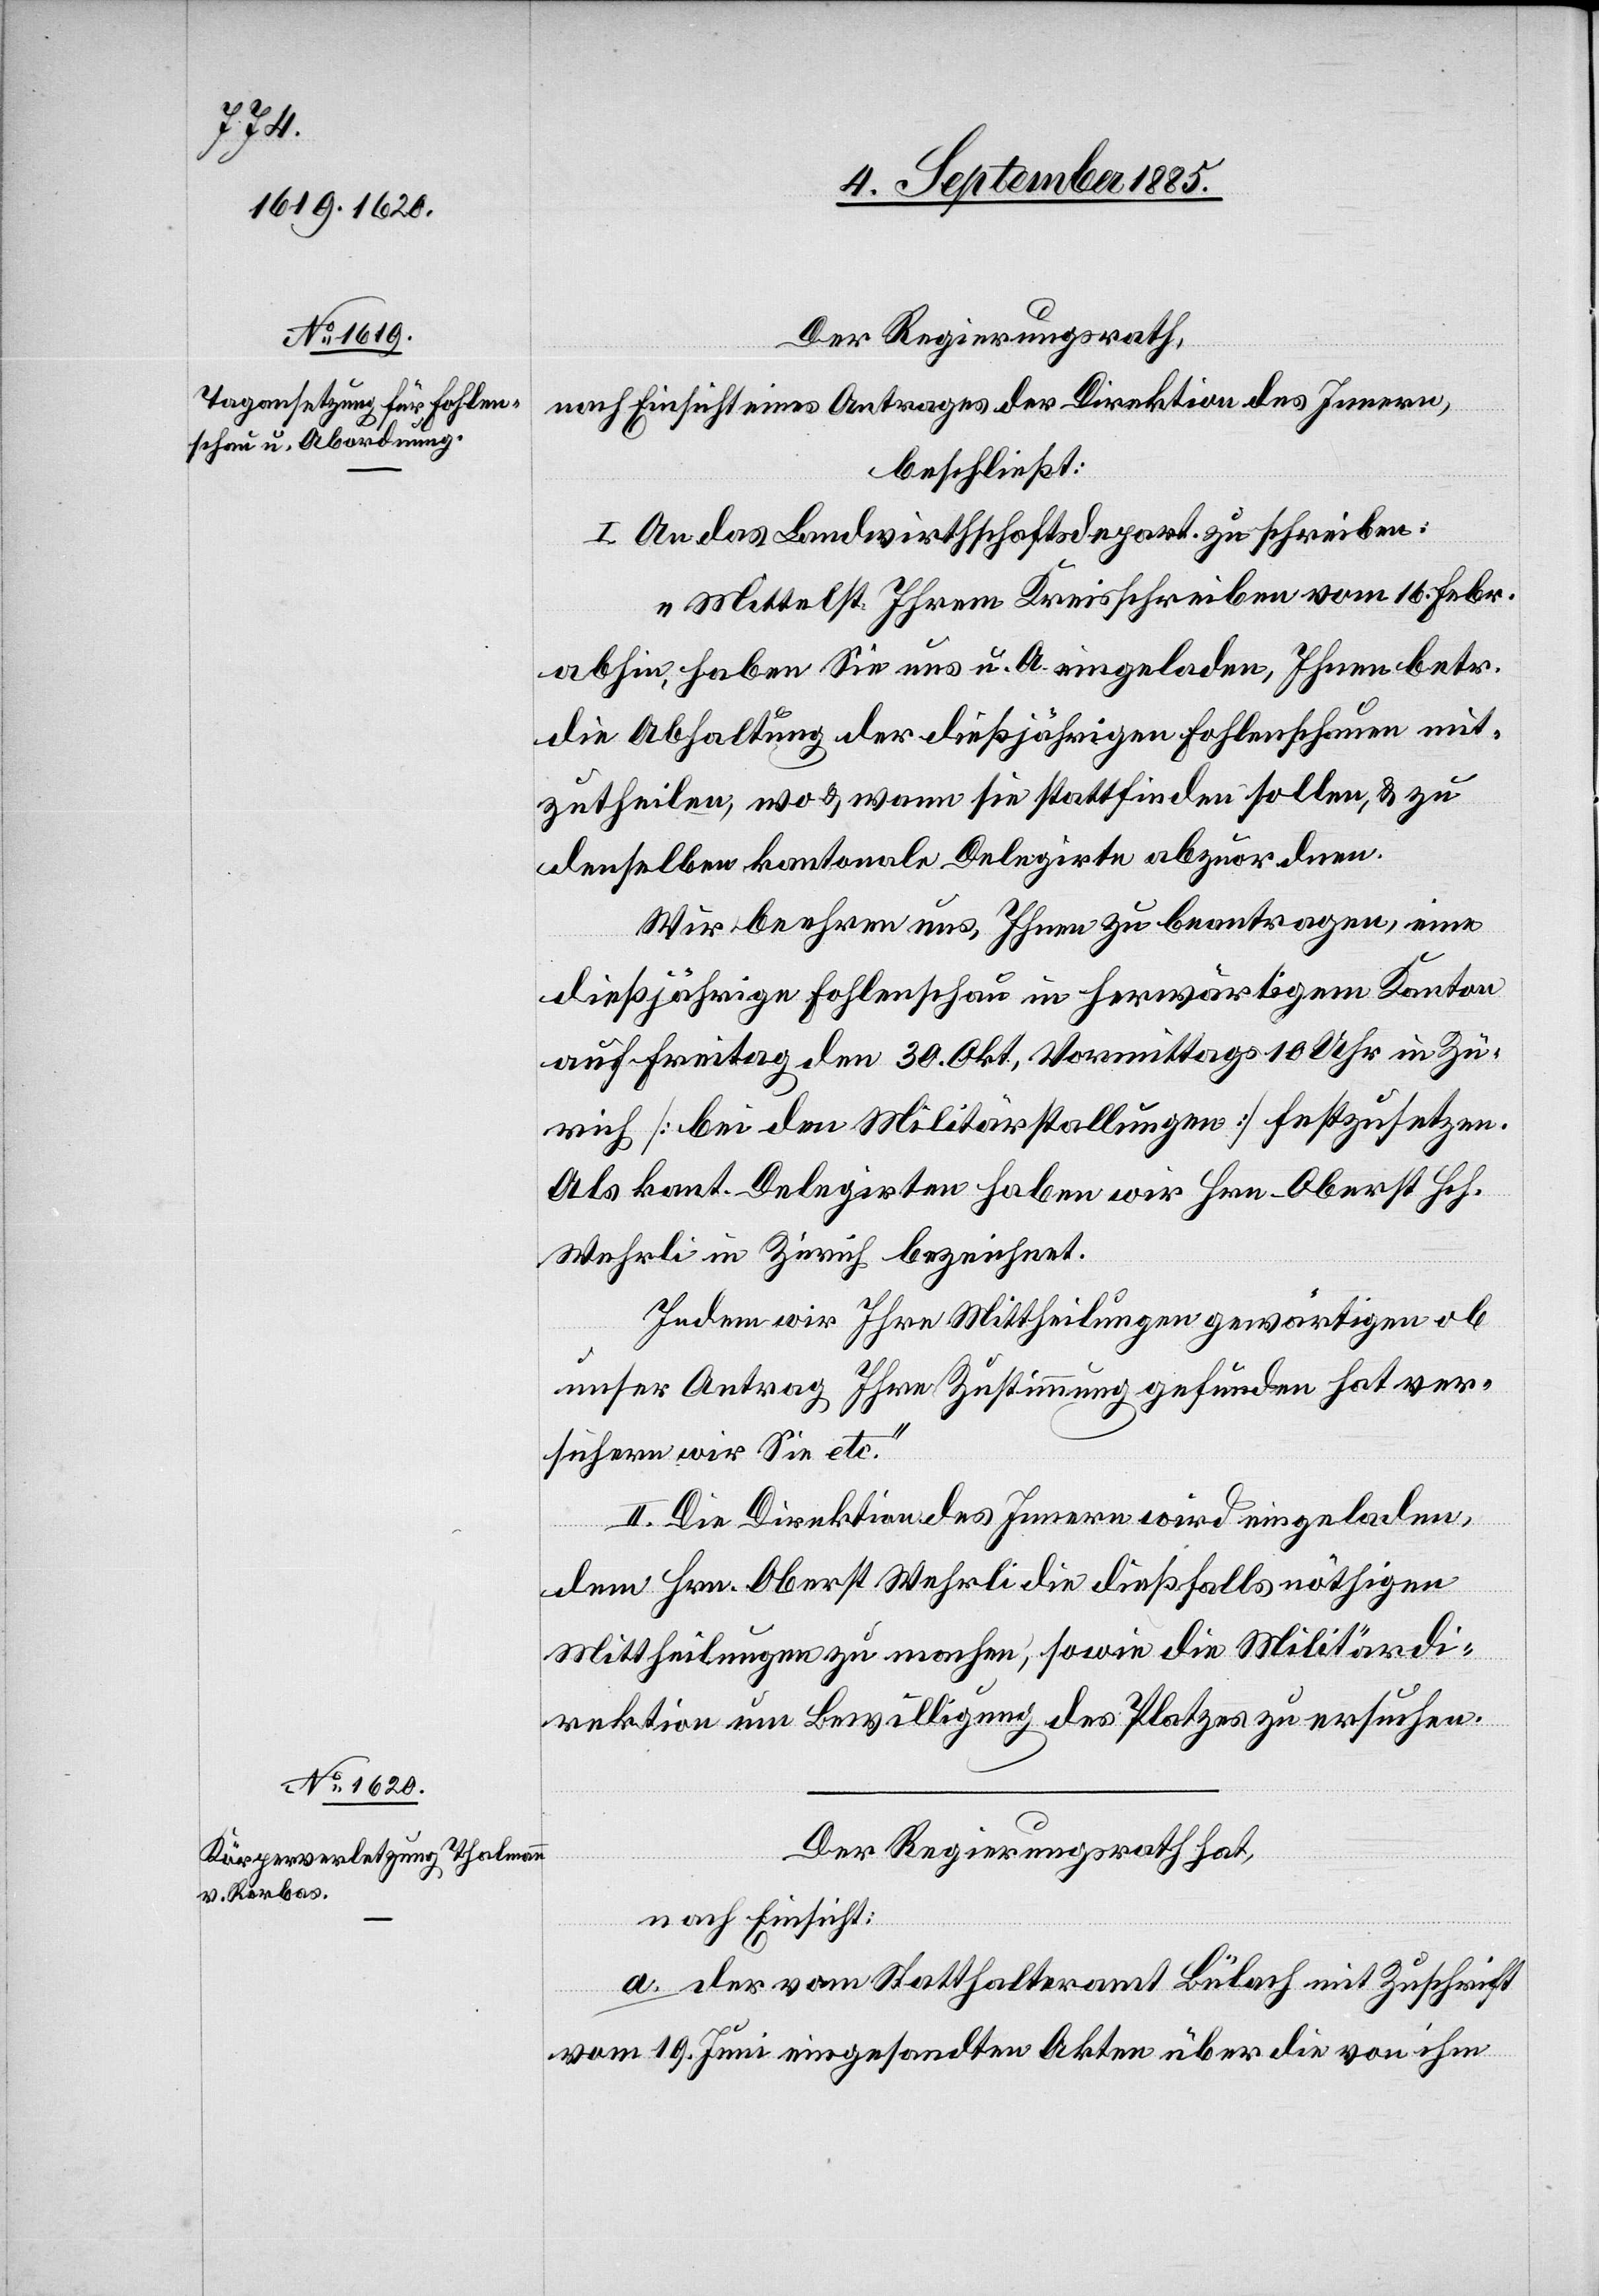
Der Regierungsrath,
nach Einsicht eines Antrages der Direktion des Innern,
beschließt:
I. An das Landwirthschaftsdepartement zu schreiben:
„Mittelst Ihrem Kreisschreiben vom 16. Febr.
abhin haben Sie uns u. A. eingeladen, Ihnen betr.
die Abhaltung der dießjährigen Fohlenschauen mit¬
zutheilen, wo & wann sie stattfinden sollen, & zu
denselben kantonale Delegirte abzuordnen.
Wir beehren uns, Ihnen zu beantragen, eine
dießjährige Fohlenschau in herwärtigem Kanton
auf Freitag den 30. Okt. Vormittags 10 Uhr in Zü¬
rich [bei den Militärstallungen] festzusetzen.
Als kant. Delegirten haben wir Hrn. Oberst Hch.
Wehrli in Zürich bezeichnet.
Indem wir Ihre Mittheilungen gewärtigen ob
unser Antrag Ihre Zustimmung gefunden hat ver¬
sichern wir Sie etc.“
II. Die Direktion des Innern wird eingeladen,
dem Hrn. Oberst Wehrli die dießfalls nöthigen
Mittheilungen zu machen, sowie die Militärdi¬
rektion um Bewilligung des Platzes zu ersuchen.
Der Regierungsrath hat,
nach Einsicht:
a. der vom Statthalteramt Bülach mit Zuschrift
vom 19. Juni eingesandten Akten über die von ihm